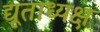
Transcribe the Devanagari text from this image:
द्यूताध्यक्ष